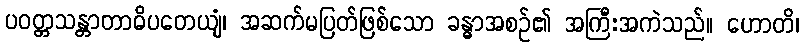
ပဝတ္တသန္တာတာဓိပတေယျံ၊ အဆက်မပြတ်ဖြစ်သော ခန္ဓာအစဉ်၏ အကြီးအကဲသည်။ ဟောတိ၊